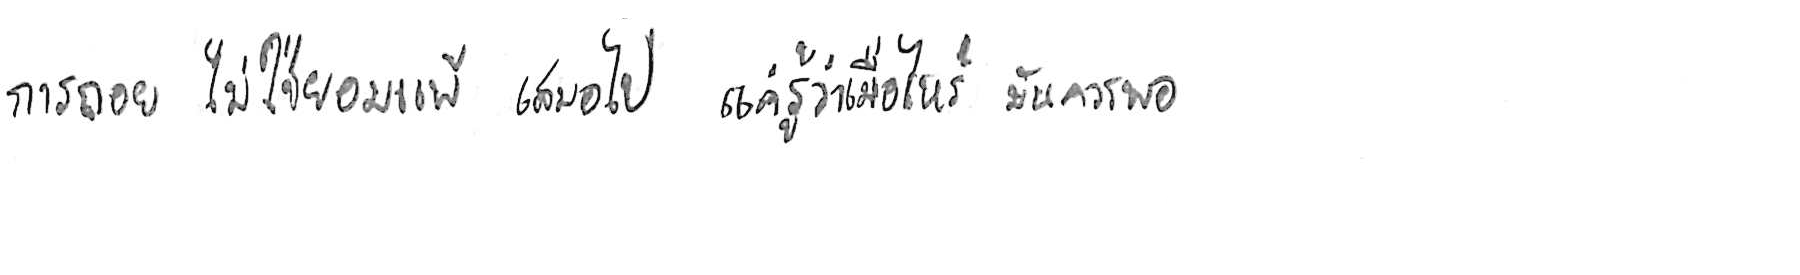
การถอย ไม่ใช่ยอมแพ้ เสมอไป แค่รู้ว่าเมื่อไหร่ มันควรพอ